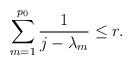
LaTeX: \begin{align*} \sum_{m=1}^{p_0}\frac{1}{j-\lambda_m} \le r. \end{align*}